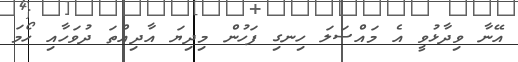
އޭނާ ވިދާޅުވީ އެ މައްސަލަ ހިނގި ފަހުން މިދިޔަ އާދިއްތަ ދުވަހާއި ހޯމަ